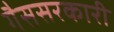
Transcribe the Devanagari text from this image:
गैससरकारी